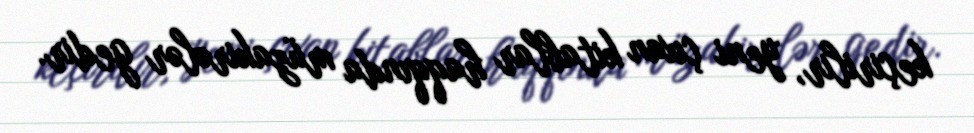
keçirilir, yeni çıxan kitablar haqqında müzakirələr gedir.